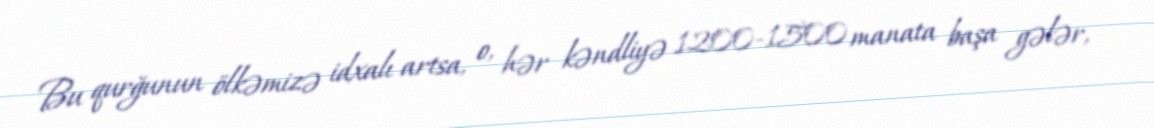
Bu qurğunun ölkəmizə idxalı artsa, o, hər kəndliyə 1200-1500 manata başa gələr,